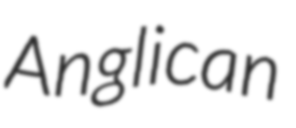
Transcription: Anglican